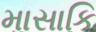
માસાકિ